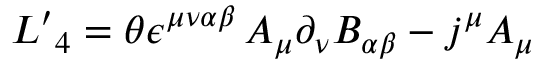
{ \cal L ^ { \prime } } _ { 4 } = \theta \epsilon ^ { \mu \nu \alpha \beta } \, A _ { \mu } \partial _ { \nu } B _ { \alpha \beta } - j ^ { \mu } A _ { \mu }